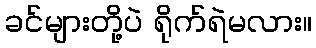
ခင်များတို့ပဲ ရိုက်ရဲမလား။